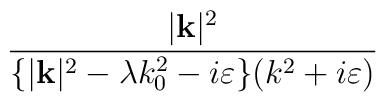
\frac{|\mathbf{k}|^{2}}{\{|\mathbf{k}|^{2}-\lambda k_{0}^{2}-i\varepsilon \}(k^{2}+i\varepsilon )}